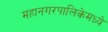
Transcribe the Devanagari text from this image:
महानगरपालिकेमध्ये